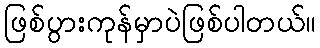
ဖြစ်ပွားကုန်မှာပဲဖြစ်ပါတယ်။